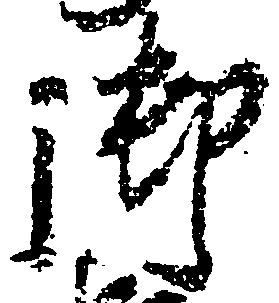
御